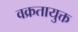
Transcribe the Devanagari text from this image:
वक्रतायुक्त